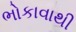
ભોકાવાથી